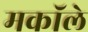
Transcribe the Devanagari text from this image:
मकॉले